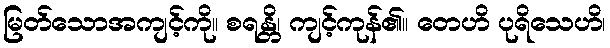
မြတ်သောအကျင့်ကို။ စရန္တိ၊ ကျင့်ကုန်၏။ တေဟိ ပုရိသေဟိ၊